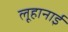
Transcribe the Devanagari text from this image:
लूहानाई